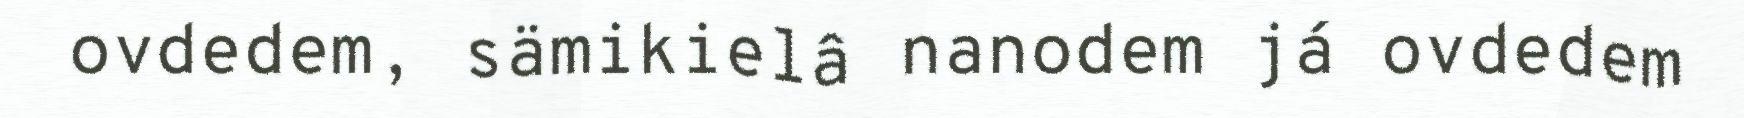
ovdedem, sämikielâ nanodem já ovdedem